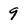
Character: 9